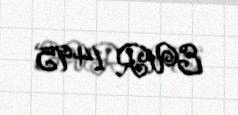
EUR 1495